Plague in India, 1896, 1897 - Volume 1
Year: 1896
Disease focus: Plague
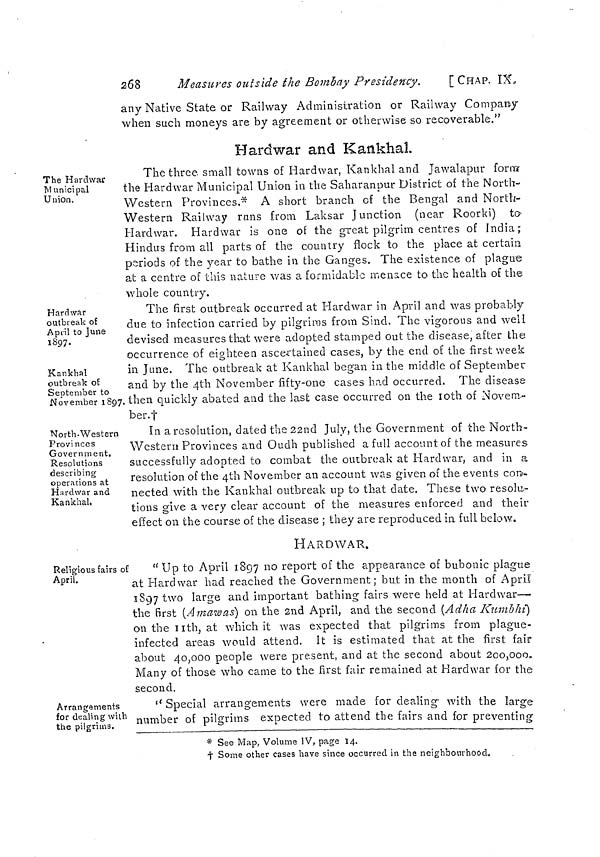
268
Measures outside the Bombay Presidency.
[CHAP. IX,
any Native State or Railway Administration or Railway Company
when such moneys are by agreement or otherwise so recoverable."
Hardwar and Kankhal.
The Hardwar
Municipal
Union,
The three small towns of Hardwar, Kankhal and Jawalapur form
the Hardwar Municipal Union in the Saharanpur District of the North-
Western Provinces.* A short branch of the Bengal and North-
Western Railway runs from Laksar Junction (near Roorki) to
Hardwar. Hardwar is one of the great pilgrim centres of India;
Hindus from all parts of the country flock to the place at certain
periods of the year to bathe in the Ganges. The existence of plague
at a centre of this nature was a formidable menace to the health of the
whole country.
Hardwar
outbreak of
April to June
1897.
Kankhal
outbreak of
September to
November 1897.
The first outbreak occurred at Hardwar in April and was probably
due to infection carried by pilgrims from Sind. The vigorous and well
devised measures that were adopted stamped out the disease, after the
occurrence of eighteen ascertained cases, by the end of the first week
in June. The outbreak at Kankhal began in the middle of September
and by the 4th November fifty-one cases had occurred. The disease
then quickly abated and the last case occurred on the 10th of Novena--
ber.f
North-Western
Provinces
Government.
Resolutions
describing
operations at
Hardwar and
Kankhal,
In a resolution, dated the 22nd July, the Government of the North-
Western Provinces and Oudh published a full account of the measures
successfully adopted to combat the outbreak at Hardwar, and in a
resolution of the 4th November an account was given of the events con-
nected with the Kankhal outbreak up to that date. These two resolu-
tions give a very clear account of the measures enforced and their
effect on the course of the disease ; they are reproduced in full below.
HARDWAR.
Religious fairs of
April.
" Up to April 1897 no report of the appearance of bubonic plague
at Hardwar had reached the Government; but in the month of April
1897 two large and important bathing fairs were held at Hardwar—
the first (Amawas) on the 2nd April, and the second (Adha Kumbhi]
on the 11th, at which it was expected that pilgrims from plague-
infected areas would attend. It is estimated that at the first fair
about 40,000 people were present, and at the second about 200,000.
Many of those who came to the first fair remained at Hardwar for the
second.
Arrangements
for dealing with
the pilgrims.
" Special arrangements were made for dealing with the large
number of pilgrims expected to attend the fairs and for preventing
* See Map, Volume IV, page 14.
† Some other cases have since occurred in the neighbourhood,